Annual report on the lock hospitals of the Madras Presidency
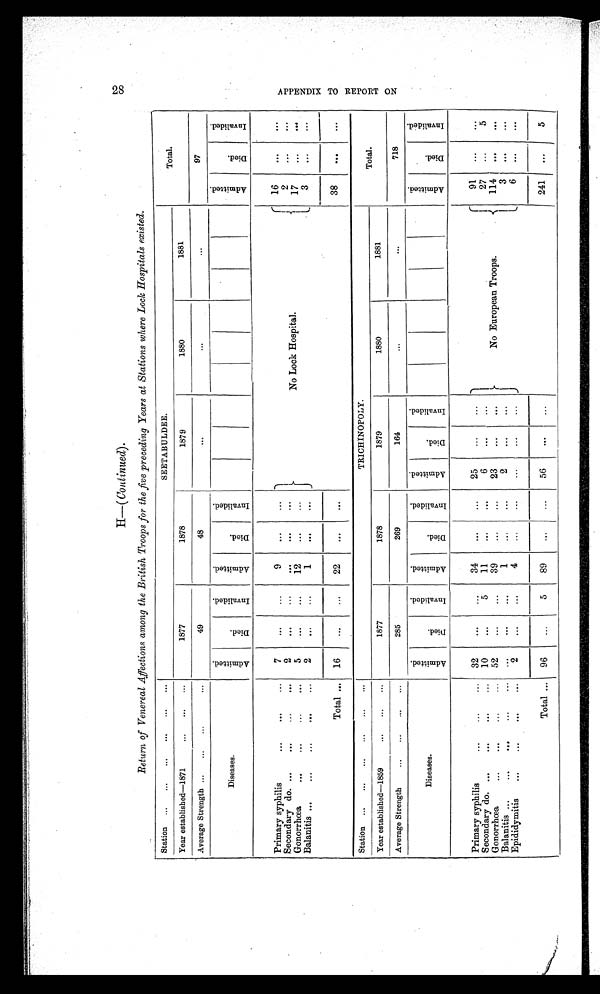
H—( Continued).
Return of Venereal Affections among the British Troops for the five preceding Years at Stations where Lock Hospitals existed.
Station ... ... ... ... ... ...
SEETABULDEE.
Total.
Year established—1871
... ... ...
1877
1878
1879
1880
1881
Average Strength ... ... ...
...
49
48
...
...
. . . 97
Diseases.
A d m i t t e d .
D i e d .
I n v a l i d e d .
A d m i t t e d .
D i e d .
I n v a l i d e d .
A d m i t t e d .
D i e d .
I n v a l i d e d .
Primary syphilis
...
...
... 7
. . .
...
9
. . .
. . .
No Lock Hospital.
16
. . .
...
Secondary do. ...
...
...
...
2
. . .
...
. . . . . .
...
2
. . .
. . .
Gonorrhœa
. . .
. . .
... . . .
5 ...
. . .
12
. . .
...
17
. . .
. . .
Balanitis ... ... ...
. . . . . .
2
...
...
1
. . .
. . .
3
... ...
Total ... 16
...
...
22
...
...
38
. . .
. . .
Station ... ... ... ... ... ...
TRICHINOPOLY.
Total.
Year established—1859
... ... ...
1877
1878
1879
1880
1881
Average Strength ... ... ... ...
285
269
164
...
...
718
Diseases.
A d m i t t e d .
D i e d .
I n v a l i d e d .
A d m i t t e d .
D i e d .
I n v a l i d e d .
A d m i t t e d .
D i e d .
I n v a l i d e d .
A d m i t t e d .
D i e d .
I n v a l i d e d .
Primary syphilis
...
...
... 32
. . .
...
34
. . .
...
25
...
...
No European Troops.
91
. . .
. . .
Secondary do. ...
...
...
... 10
. . .
5
11
...
. . .
6
...
...
27
...
5
Gonorrhœa
...
...
...
... 52
...
. . .
39
...
. . .
23
. . .
. . .
114 ...
. . .
Balanitis ...
...
..
.
... ...
...
. . .
...
1
... ...
2
...
...
3
. . .
. . .
Epididymitis
...
...
... ...
2
. . .
...
4
...
...
...
...
...
6 . . .
. . .
Total ... 96
...
5
89
. . .
. . .
56
. . .
. . .
241
. . .
5
2 8
A P P E N D I X T O R E P O R T O N